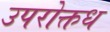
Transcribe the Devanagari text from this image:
उपरोक्तध